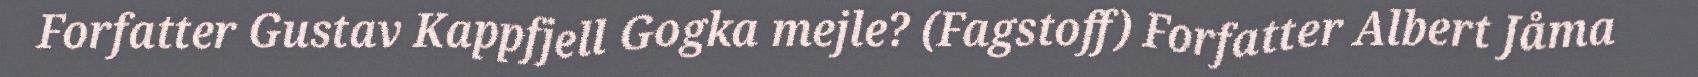
Forfatter Gustav Kappfjell Gogka mejle? (Fagstoff) Forfatter Albert Jåma